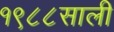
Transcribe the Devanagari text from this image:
१९८८साली